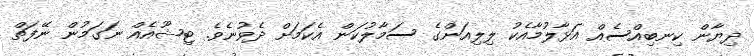
ދިޔާން ކިނބިއްސެއް އަޅާލުމާއެކު ލިލިއަންގެ ސަމާލުކަން އެކަމަަށް ދެވުނެވެ. ޓިޝޫއެއް ނަގަމުން ނޭފަތް